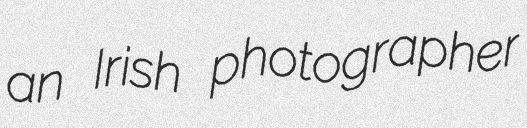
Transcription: an Irish photographer